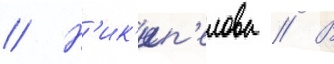
// Н'ик'ип'елова // В